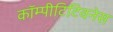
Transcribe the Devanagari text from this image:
कॉम्पीटिटिवनेस